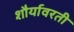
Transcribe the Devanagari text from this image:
शौर्यावरती